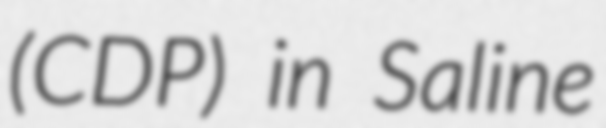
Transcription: (CDP) in Saline